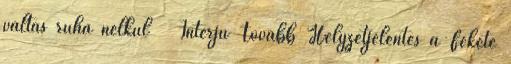
váltás ruha nélkül Interjú Tovább Helyzetjelentés a Fekete